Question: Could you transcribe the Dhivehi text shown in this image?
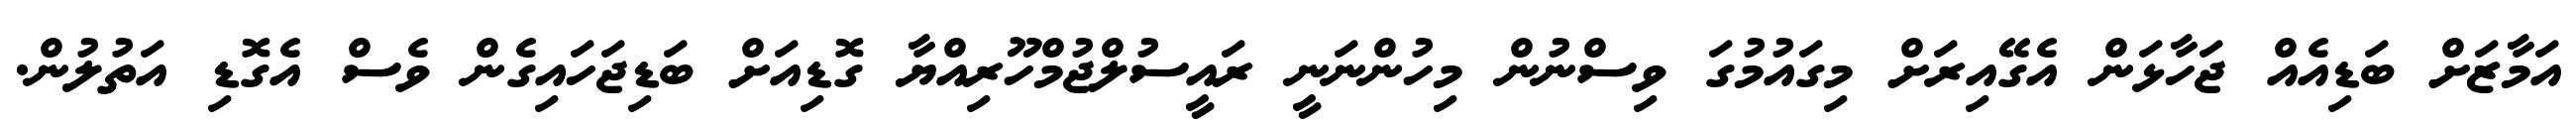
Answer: އަމާޒަށް ބަޑިއެއް ޖަހާޅަން އެގޭއިރަށް މިގައުމުގަ ވިސްނުން މިހުންނަނީ ރައީސުލްޖުމްހޫރިއްޔާ ގޮޑިއަށް ބަޑިޖަހައިގެން ވެސް އެގޮޑި އަތުލުން.